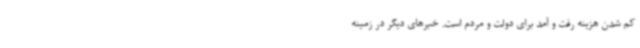
کم شدن هزینه رفت و آمد برای دولت و مردم است. خبرهای دیگر در زمینه